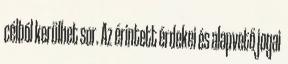
célból kerülhet sor. Az érintett érdekei és alapvető jogai